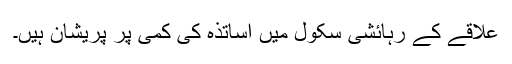
علاقے کے رہائشی سکول میں اساتذہ کی کمی پر پریشان ہیں۔